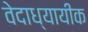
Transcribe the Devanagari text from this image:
वेदाध्यायीक